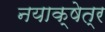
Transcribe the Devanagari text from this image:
नयाक्षेत्र